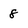
Character: 8